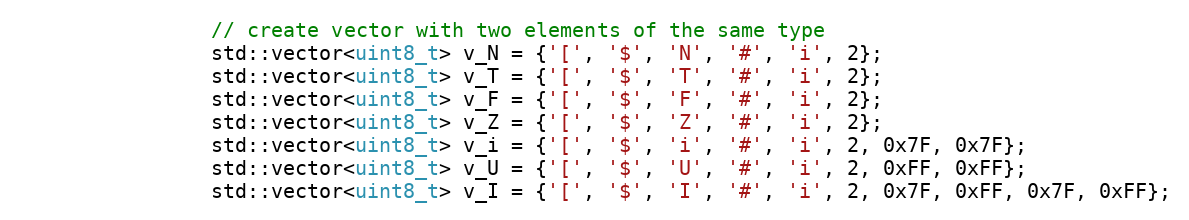
Language: C++
                // create vector with two elements of the same type
                std::vector<uint8_t> v_N = {'[', '$', 'N', '#', 'i', 2};
                std::vector<uint8_t> v_T = {'[', '$', 'T', '#', 'i', 2};
                std::vector<uint8_t> v_F = {'[', '$', 'F', '#', 'i', 2};
                std::vector<uint8_t> v_Z = {'[', '$', 'Z', '#', 'i', 2};
                std::vector<uint8_t> v_i = {'[', '$', 'i', '#', 'i', 2, 0x7F, 0x7F};
                std::vector<uint8_t> v_U = {'[', '$', 'U', '#', 'i', 2, 0xFF, 0xFF};
                std::vector<uint8_t> v_I = {'[', '$', 'I', '#', 'i', 2, 0x7F, 0xFF, 0x7F, 0xFF};